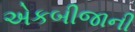
એકબીજાની